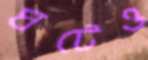
ঘটেও